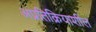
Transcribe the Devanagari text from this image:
अप्रतिक्रियाशील